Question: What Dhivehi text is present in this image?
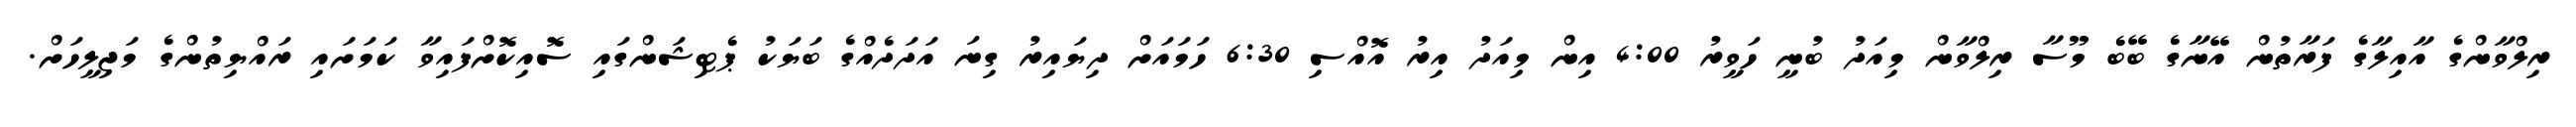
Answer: ރިލްވާންގެ އާއިލާގެ ފަރާތުން އޭނާގެ ބޭބެ މޫސާ ރިލްވާން މިއަދު ބުނީ ހަވީރު 4:00 އިން މިއަދު އިރު އޮއްސި 6:30 ހަމައަށް ދިޔައިރު ގިނަ އަދަދެއްގެ ބަޔަކު ޕެޓިޝަންގައި ސޮއިކޮށްފައިވާ ކަމަށައި ރައްޔިތުންގެ މަޖިލީހަށް.